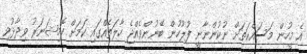
އެ މީހުން މަސައްކަތަށް ނުކުންނާނީ ފުލުހުން ބޭނުންވެއްޖެ ހާލަތެއްގައި ކަމަށް ކޮމިޝަނަރު ވިދާޅުވި